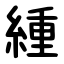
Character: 緟